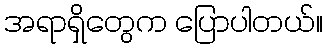
အရာရှိတွေက ပြောပါတယ်။